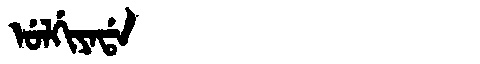
Manchu: ᡠᠯᡤᡳᠶᠠᡩᠠ
Romanization: ULGIYADA